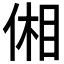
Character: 𪝋